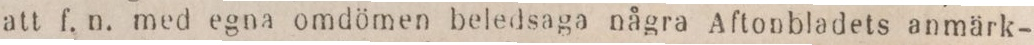
att f. n. med egna omdömen beledsaga några Aftonbladets anmärk-